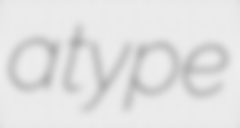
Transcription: a type